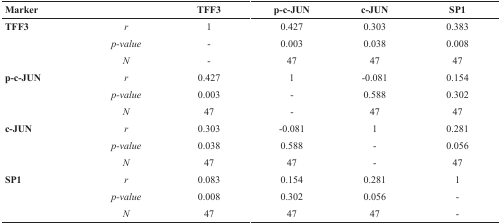
<table><thead><tr><td><b>Marker</b></td><td></td><td><b>TFF3</b></td><td><b>p-c-JUN</b></td><td><b>c-JUN</b></td><td><b>SP1</b></td></tr></thead><tbody><tr><td><b>TFF3</b></td><td><i>r</i></td><td>1</td><td>0.427</td><td>0.303</td><td>0.383</td></tr><tr><td></td><td><i>p-value</i></td><td>-</td><td>0.003</td><td>0.038</td><td>0.008</td></tr><tr><td></td><td><i>N</i></td><td>-</td><td>47</td><td>47</td><td>47</td></tr><tr><td><b>p-c-JUN</b></td><td><i>r</i></td><td>0.427</td><td>1</td><td>-0.081</td><td>0.154</td></tr><tr><td></td><td><i>p-value</i></td><td>0.003</td><td>-</td><td>0.588</td><td>0.302</td></tr><tr><td></td><td><i>N</i></td><td>47</td><td>-</td><td>47</td><td>47</td></tr><tr><td><b>c-JUN</b></td><td><i>r</i></td><td>0.303</td><td>-0.081</td><td>1</td><td>0.281</td></tr><tr><td></td><td><i>p-value</i></td><td>0.038</td><td>0.588</td><td>-</td><td>0.056</td></tr><tr><td></td><td><i>N</i></td><td>47</td><td>47</td><td>-</td><td>47</td></tr><tr><td><b>SP1</b></td><td><i>r</i></td><td>0.083</td><td>0.154</td><td>0.281</td><td>1</td></tr><tr><td></td><td><i>p-value</i></td><td>0.008</td><td>0.302</td><td>0.056</td><td>-</td></tr><tr><td></td><td><i>N</i></td><td>47</td><td>47</td><td>47</td><td>-</td></tr></tbody></table>